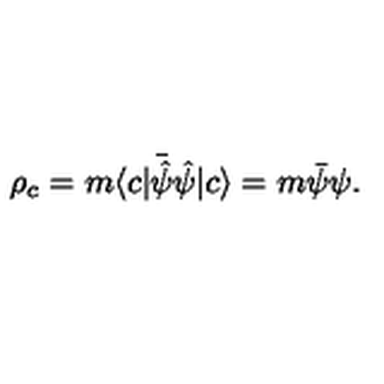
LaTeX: \rho _ { c } = m \langle c | \bar { \hat { \psi } } { \hat { \psi } } | c \rangle = m \bar { \psi } \psi .